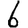
Digit: 6